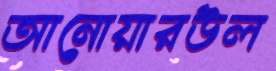
আনোয়ারউল